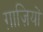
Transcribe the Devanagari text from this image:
ग़ाज़ियों